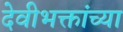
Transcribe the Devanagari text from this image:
देवीभक्तांच्या